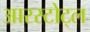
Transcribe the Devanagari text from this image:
आरस्टोट्ल